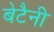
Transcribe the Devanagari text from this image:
बेटैनी